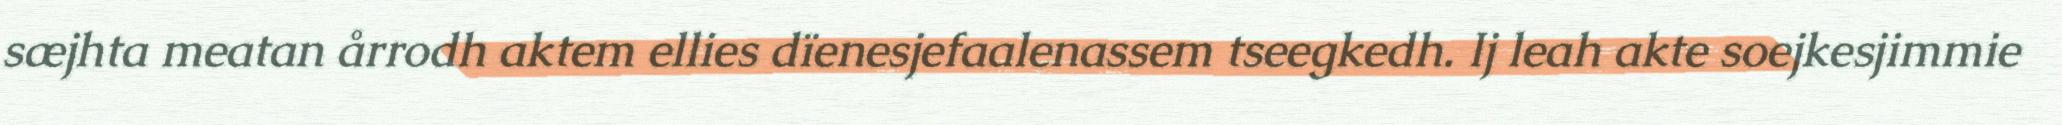
sæjhta meatan årrodh aktem ellies dïenesjefaalenassem tseegkedh. Ij leah akte soejkesjimmie